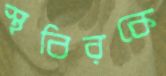
স্থবিরকে